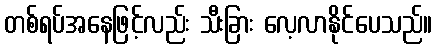
တစ်ရပ်အနေဖြင့်လည်း သီးခြား လေ့လာနိုင်ပေသည်။